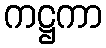
ကဋ္ဌကာ